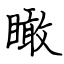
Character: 瞰